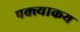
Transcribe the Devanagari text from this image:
पक्त्याकय